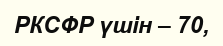
РКСФР үшін – 70,